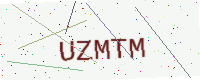
Text: UZMTM